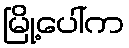
မြို့ပေါ်က